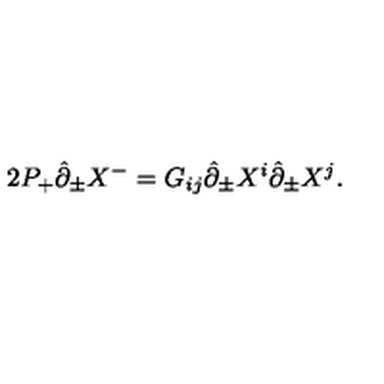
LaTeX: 2 P _ { + } \hat { \partial } _ { \pm } X ^ { - } = G _ { i j } \hat { \partial } _ { \pm } X ^ { i } \hat { \partial } _ { \pm } X ^ { j } .